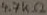
Text: 4.7KΩ